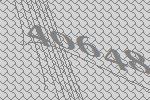
40648